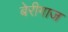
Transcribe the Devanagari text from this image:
बेरीगाज